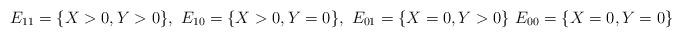
LaTeX: \begin{align*}E_{11}=\{X>0,Y>0\},~ E_{10}=\{X>0,Y=0\},~ E_{01}=\{X=0,Y>0\}~ E_{00}=\{X=0,Y=0\}\end{align*}